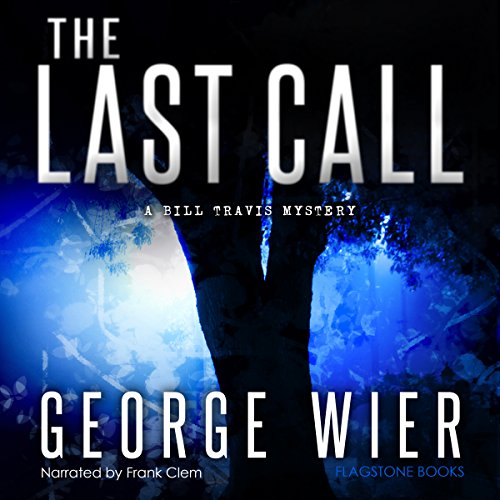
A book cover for The Last Call: The Bill Travis Mysteries, Book 1; George Wier; Mystery, Thriller & Suspense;